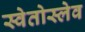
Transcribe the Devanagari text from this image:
स्वेतोस्लेव